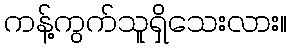
ကန့်ကွက်သူရှိသေးလား။